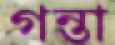
গন্তা